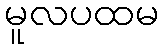
မူလပထမ